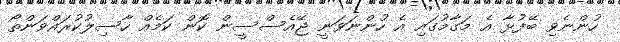
ހުންނެވި ބޭފުޅާ އެ މަގާމުގައި އެ ހުންނަވަނީ ޖޭއެސްސީން ކޮން ކަމެއް ހާސިލުކުރައްވަންތޯ